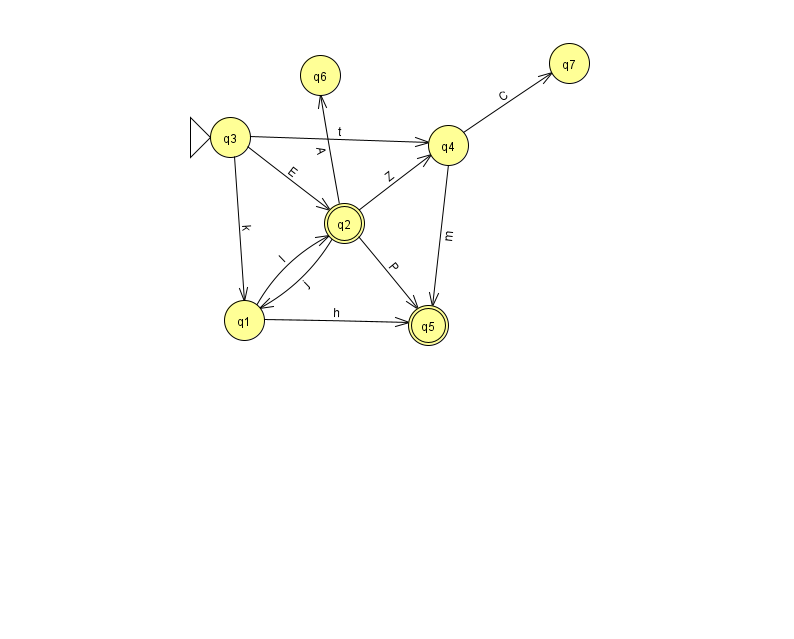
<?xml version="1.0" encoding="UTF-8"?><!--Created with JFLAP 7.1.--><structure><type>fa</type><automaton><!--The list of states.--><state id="1" name="q1"><x>244.0</x><y>307.0</y></state><state id="2" name="q2"><x>344.0</x><y>210.0</y><final/></state><state id="3" name="q3"><x>230.0</x><y>124.0</y><initial/></state><state id="4" name="q4"><x>448.0</x><y>132.0</y></state><state id="5" name="q5"><x>428.0</x><y>312.0</y><final/></state><state id="6" name="q6"><x>320.0</x><y>62.0</y></state><state id="7" name="q7"><x>569.0</x><y>50.0</y></state><!--The list of transitions.--><transition><from>2</from><to>6</to><read>A</read></transition><transition><from>3</from><to>2</to><read>E</read></transition><transition><from>1</from><to>5</to><read>h</read></transition><transition><from>3</from><to>4</to><read>t</read></transition><transition><from>4</from><to>5</to><read>m</read></transition><transition><from>3</from><to>1</to><read>k</read></transition><transition><from>2</from><to>4</to><read>Z</read></transition><transition><from>4</from><to>7</to><read>C</read></transition><transition><from>1</from><to>2</to><read>l</read></transition><transition><from>2</from><to>1</to><read>j</read></transition><transition><from>2</from><to>5</to><read>P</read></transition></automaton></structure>